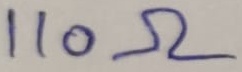
Text: 110Ω